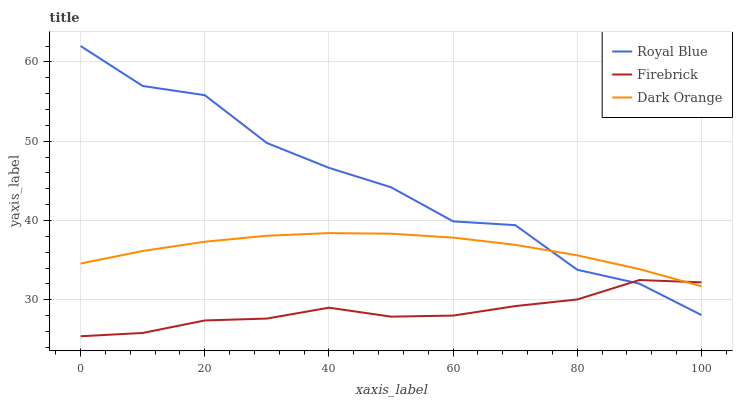
| xaxis_label | Royal Blue | Firebrick | Dark Orange |
 | --- | --- | --- | --- |
 | 0 | 62 | 25.4 | 34.6 |
 | 10 | 57 | 25.8 | 36.2 |
 | 20 | 55.8 | 27.4 | 37.3 |
 | 30 | 49.8 | 27.6 | 38.1 |
 | 40 | 46.6 | 29 | 38.4 |
 | 50 | 44.2 | 27.9 | 38.3 |
 | 60 | 39.9 | 28 | 37.8 |
 | 70 | 39.4 | 29.2 | 36.9 |
 | 80 | 33.8 | 30 | 35.6 |
 | 90 | 32 | 32.5 | 33.9 |
 | 100 | 28.1 | 32.2 | 31.7 |